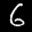
Label: 6